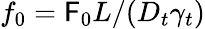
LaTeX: f_{0}=\mathsf{F}_{0}L/(D_{t}\gamma_{t})